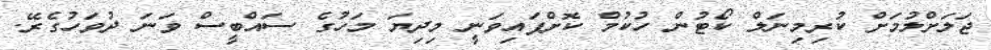
ޖަލަށްލުމަށް ކުރިމިނަލް ކޯޓުން ހުކުމް ކޮށްފައިވަނީ މިދިޔަ މަހުގެ ސައްބީސް ވަނަ ދުވަހުގެރޭ.